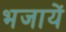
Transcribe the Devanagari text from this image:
भजायें